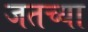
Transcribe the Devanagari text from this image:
जतच्या